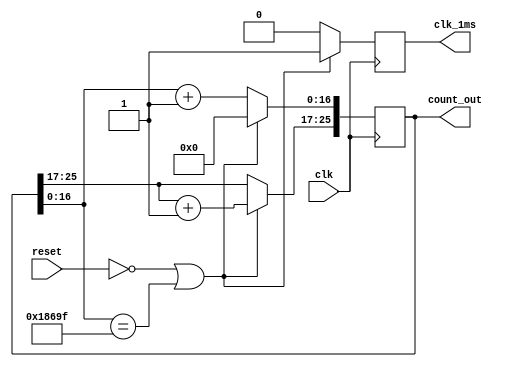
module counter_26bit_1(clk, reset, clk_1ms, count_out);
		parameter COUNTER=26;
		input clk;
		input reset;
		output clk_1ms;
		output wire [COUNTER-1:0] count_out; 
		reg [COUNTER-1:0] count;
		reg second_m;
		wire clk;
	initial
		count<=0;
		always@(posedge clk)begin
			if(!reset || (count[16:0]==99999))begin 
				count[16:0]<=0; 
				count[25:17]<=count[25:17]+1; 
				second_m<=1; 
			end
			else begin
				count[16:0] <= count[16:0]+1;
				second_m<=0;
			end 
		end
		assign clk_1ms=second_m; 
		assign count_out=count;
endmodule